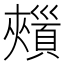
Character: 𩔯